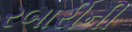
રબારીની